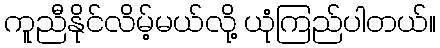
ကူညီနိုင်လိမ့်မယ်လို့ ယုံကြည်ပါတယ်။